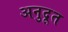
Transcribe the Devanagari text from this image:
अनुदूत